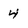
Character: 4